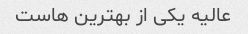
عالیه یکی از بهترین هاست